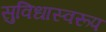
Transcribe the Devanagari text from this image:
सुविधास्वरूप